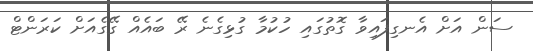
ސަން އަށް އެނގިފައިވާ ގޮތުގައި ހުކުމާ ގުޅިގެނެ ރޭ ބައެއް ގޭގެއަށް ކަރަންޓް